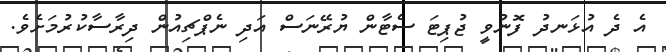
އެ ދެ އުޅަނދު ފޮނުވީ ޖުޕިޓަ ސެޓާން ޔުރޭނަސް އަދި ނެޕްޗިއުން ދިރާސާކުރުމަށެވެ.